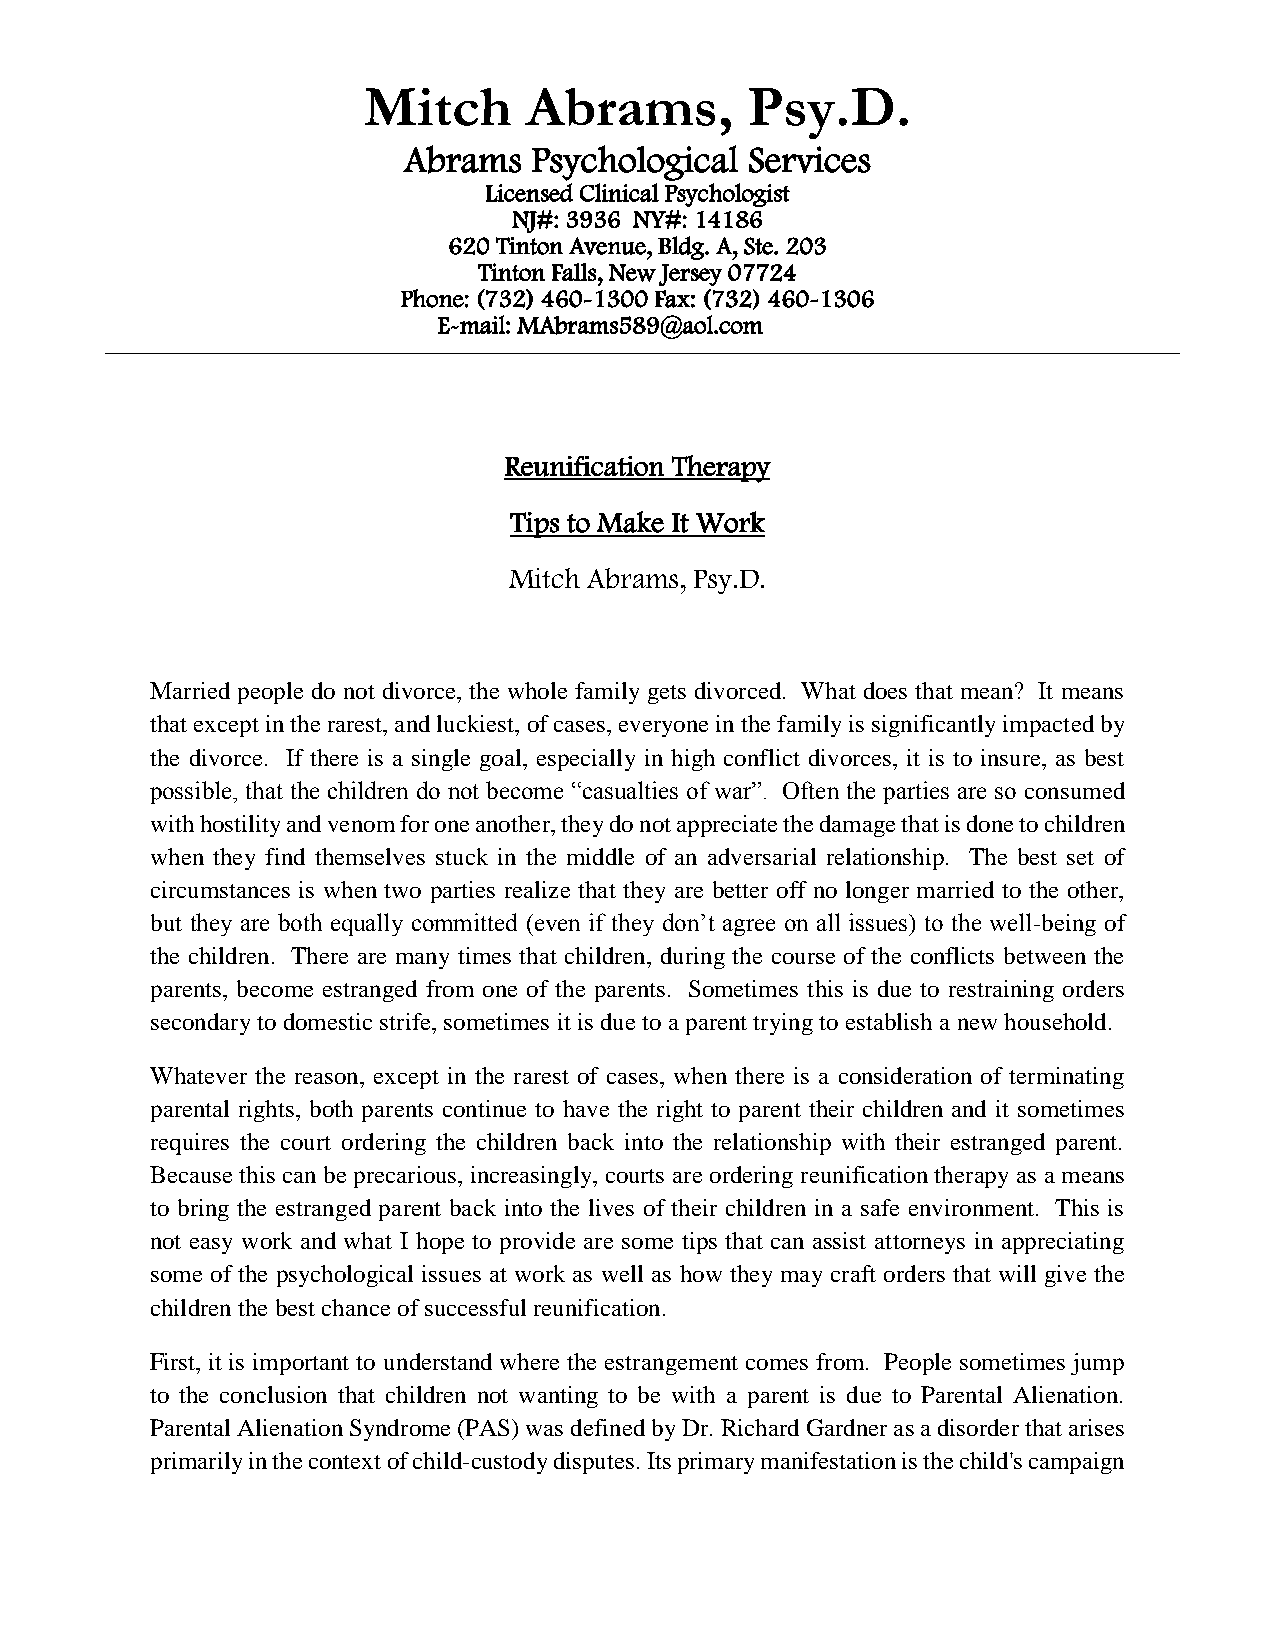
Mitch      Abrams,       Psy.D.
 Abrams  Psychological  Services
 Licensed Clinical Psychologist
 NJ#: 3936 NY#: 14186
 620 Tinton Avenue, Bldg. A, Ste. 203
 Tinton Falls, New Jersey 07724
 Phone: (732) 460-1300 Fax: (732) 460-1306
 E-mail: MAbrams589@aol.com
 Reunification Therapy
 Tips to Make It Work
 Mitch Abrams, Psy.D.
 Married people do not divorce, the whole family gets divorced. What does that mean? It means
 that except in the rarest, and luckiest, of cases, everyone in the family is significantly impacted by
 the divorce. If there is a single goal, especially in high conflict divorces, it is to insure, as best
 possible, that the children do not become “casualties of war”. Often the parties are so consumed
 with hostility and venom for one another, they do not appreciate the damage that is done to children
 when they find themselves stuck in the middle of an adversarial relationship. The best set of
 circumstances is when two parties realize that they are better off no longer married to the other,
 but they are both equally committed (even if they don’t agree on all issues) to the well-being of
 the children. There are many times that children, during the course of the conflicts between the
 parents, become estranged from one of the parents. Sometimes this is due to restraining orders
 secondary to domestic strife, sometimes it is due to a parent trying to establish a new household.
 Whatever the reason, except in the rarest of cases, when there is a consideration of terminating
 parental rights, both parents continue to have the right to parent their children and it sometimes
 requires the court ordering the children back into the relationship with their estranged parent.
 Because this can be precarious, increasingly, courts are ordering reunification therapy as a means
 to bring the estranged parent back into the lives of their children in a safe environment. This is
 not easy work and what I hope to provide are some tips that can assist attorneys in appreciating
 some of the psychological issues at work as well as how they may craft orders that will give the
 children the best chance of successful reunification.
 First, it is important to understand where the estrangement comes from. People sometimes jump
 to the conclusion that children not wanting to be with a parent is due to Parental Alienation.
 Parental Alienation Syndrome (PAS) was defined by Dr. Richard Gardner as a disorder that arises
 primarily in the context of child-custody disputes. Its primary manifestation is the child's campaign